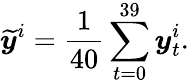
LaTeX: \widetilde{\boldsymbol y}^{i}=\frac{1}{40}\sum_{t=0}^{39}\boldsymbol y_{t}^{i}.